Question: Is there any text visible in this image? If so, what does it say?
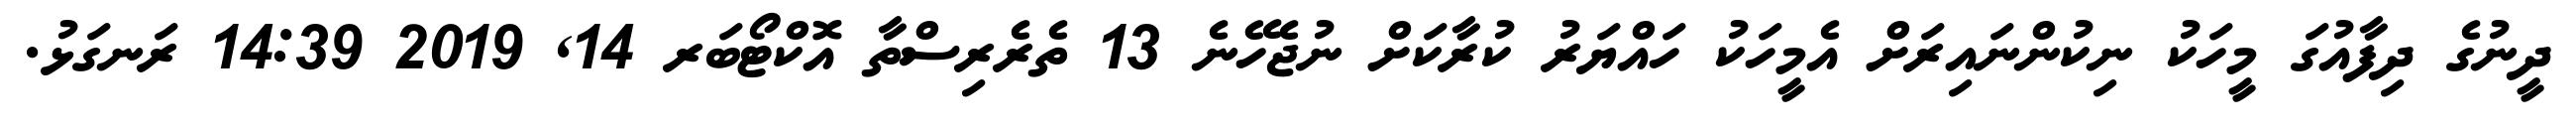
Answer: ދީނުގެ ދިފާއުގަ މީހަކު ނިކުންނައިރަށް އެމީހަކު ހައްޔަރު ކުރާކަށް ނުޖެހޭނެ 13 ތެރެރިސްތާ އޮކްޓޯބަރ 14, 2019 14:39 ރަނގަޅު.